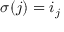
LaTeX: \sigma ( j ) = i _ { j }